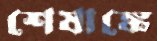
শেষাঙ্কে